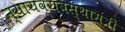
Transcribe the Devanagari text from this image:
न्यायव्यवस्थामंत्री